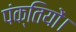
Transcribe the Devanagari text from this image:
पंक्तियों।